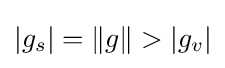
|g_{s}|=\|g\|>|g_{v}|